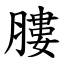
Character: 膢